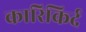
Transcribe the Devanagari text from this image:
कारिकिर्द